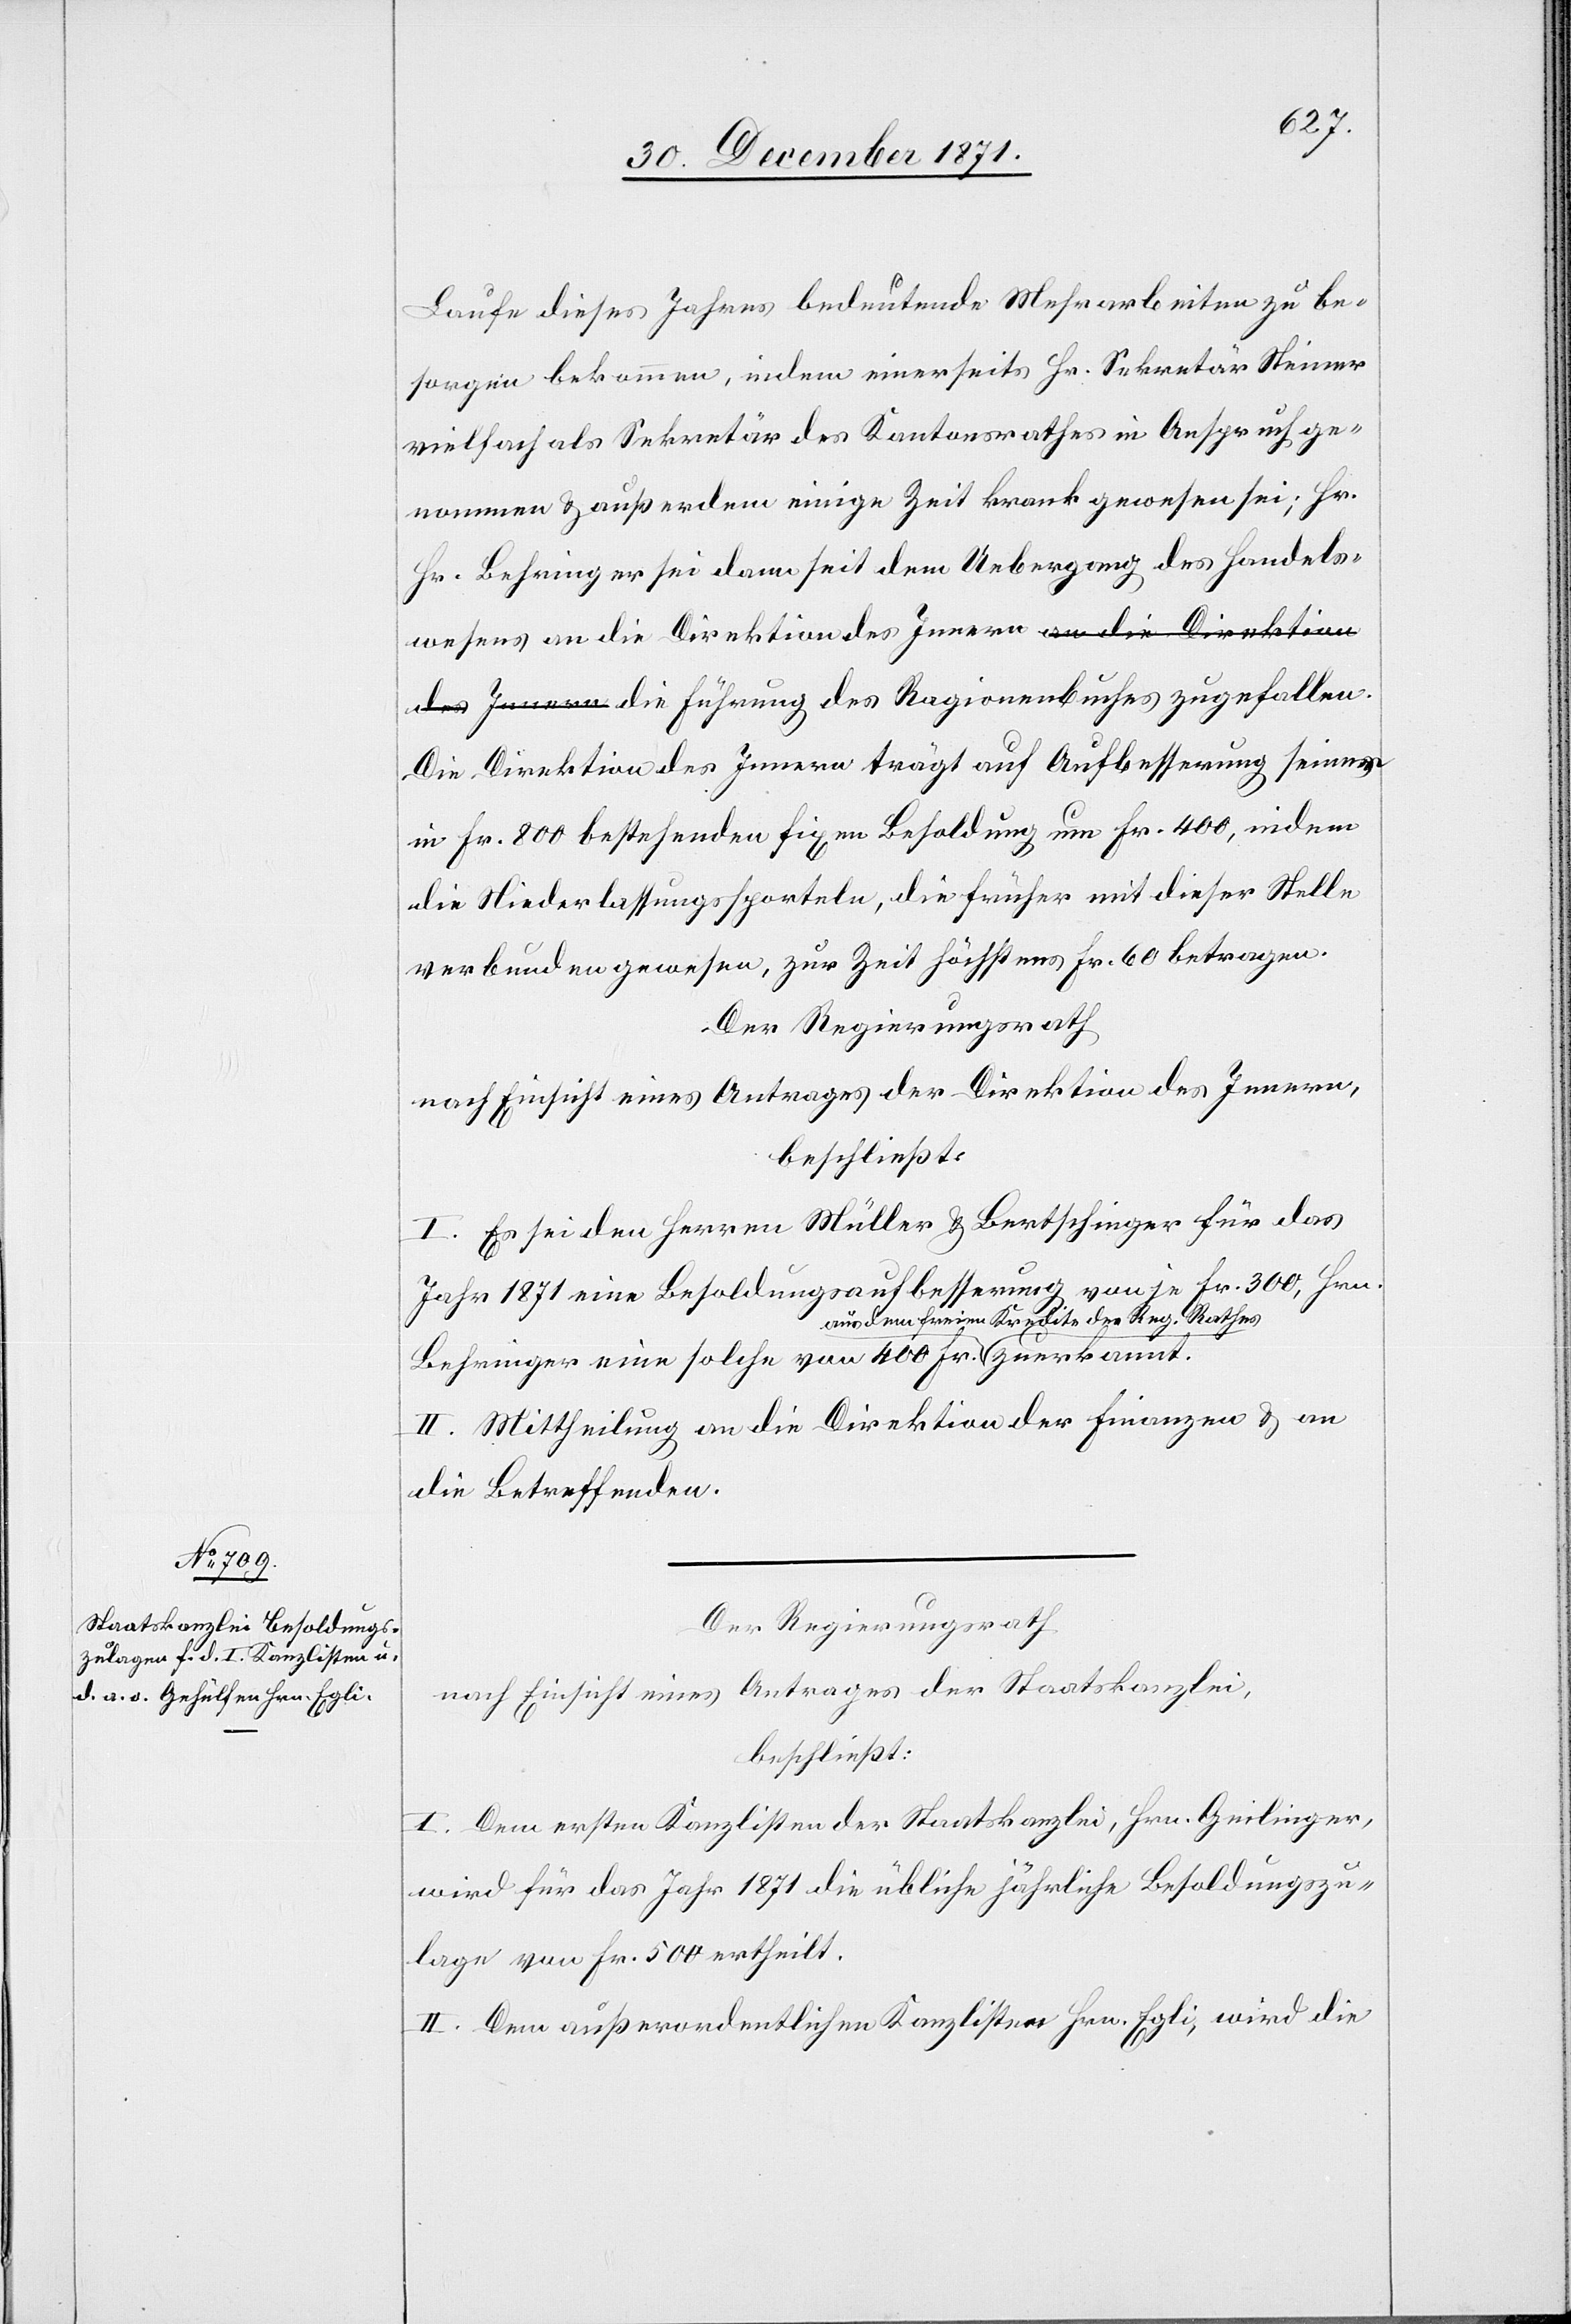
Laufe dieses Jahres bedeutende Mehrarbeiten zu be¬
sorgen bekommen, indem einerseits Hr. Sekretär Steiner
vielfach als Sekretär des Kantonsrathes in Anspruch ge¬
nommen & außerdem einige Zeit krank gewesen sei; Hr.
Behringer sei dann seit dem Uebergang des Handels¬
wesens an die Direktion des Innern a-an die Direktion
des Innern-a die Führung des Ragionenbuches zugefallen.
Die Direktion des Innern trägt auf Aufbesserung seiner
in Fr. 800 bestehenden fixen Besoldung um Fr. 400 [an], indem
die Niederlassungssporteln, die früher mit dieser Stelle
verbunden gewesen, zur Zeit höchstens Fr. 60 betragen.
Der Regierungsrath
nach Einsicht eines Antrages der Direktion des Innern,
beschließt:
I. Es sei den Herren Müller & Bertschinger für das
Jahr 1871 eine Besoldungsaufbesserung von je Fr. 300, Hrn.
dem freien Kredite des Reg. Rathes-a
Behringer eine solche von 400 Fr. a-aus
II. Mittheilung an die Direktion der Finanzen & an
die Betreffenden.
Der Regierungsrath
nach Einsicht eines Antrages der Staatskanzlei,
beschließt:
I. Dem ersten Kanzlisten der Staatskanzlei, Hrn. Geilinger,
wird für das Jahr 1871 die übliche jährliche Besoldungszu¬
lage von Fr. 500 ertheilt.
II. Dem außerordentlichen Kanzlisten Hrn. Egli, wird die